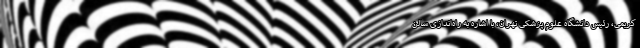
کریمی، رئیس دانشگاه علوم پزشکی تهران، با اشاره به راه‌اندازی سالن